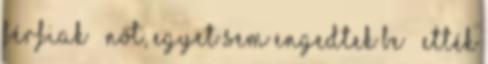
férfiak – nőt, egyet sem engedtek be – ették